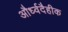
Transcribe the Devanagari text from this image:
और्ध्वदैहीक